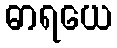
ဓာရယေ